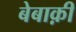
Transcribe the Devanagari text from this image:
बेबाक़ी